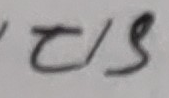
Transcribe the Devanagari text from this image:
ट/९